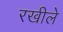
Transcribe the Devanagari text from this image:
रखीले